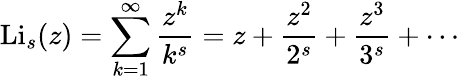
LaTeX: \operatorname{Li}_{s}(z)=\sum_{k=1}^{\infty}{\frac{z^{k}}{k^{s}}}=z+{\frac{z^{2}}{2^{s}}}+{\frac{z^{3}}{3^{s}}}+\cdots